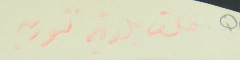
ملف بلدية تنورين